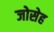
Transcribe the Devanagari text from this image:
जोसेह